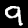
Label: 9